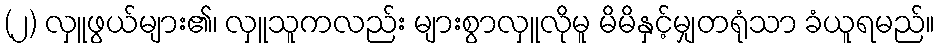
(၂) လှူဖွယ်များ၏၊ လှူသူကလည်း များစွာလှူလိုမူ မိမိနှင့်မျှတရုံသာ ခံယူရမည်။